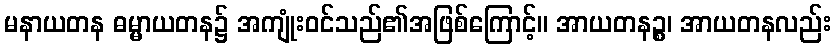
မနာယတန ဓမ္မာယတန၌ အကျုံးဝင်သည်၏အဖြစ်ကြောင့်။ အာယတနဉ္စ၊ အာယတနလည်း